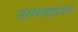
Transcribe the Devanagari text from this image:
नाममहाबत